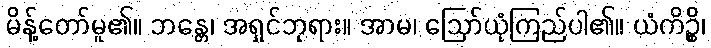
မိန့်တော်မူ၏။ ဘန္တေ၊ အရှင်ဘုရား။ အာမ၊ ဩော်ယုံကြည်ပါ၏။ ယံကိဉ္စိ၊